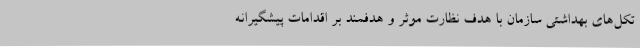
تکل‌های بهداشتی سازمان با هدف نظارت موثر و هدفمند بر اقدامات پیشگیرانه